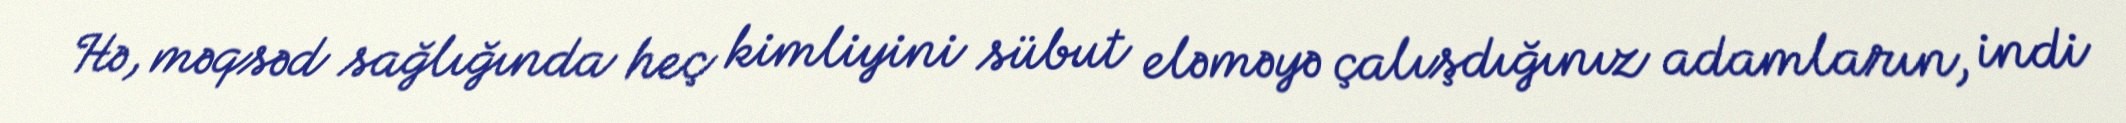
Hə, məqsəd sağlığında heç kimliyini sübut eləməyə çalışdığınız adamların, indi